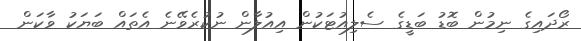
ރޯދައިގެ ނިމުން ބޮޑު ބަޑީގެ ސެލިއުޓަކުން އިއުލާން ނުކުރެވޭނެ އެތައް ބަޔަކު ވާކަން